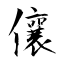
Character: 儴